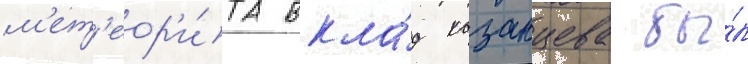
м'ет'еор'и́та вкла́д казанцева бы́л